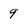
Character: 9